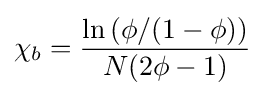
\chi _{b}={\frac {\ln \left(\phi /(1-\phi )\right)}{N(2\phi -1)}}